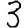
Digit: 3